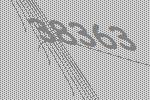
38363